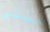
لستي